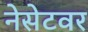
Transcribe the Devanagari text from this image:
नेसेटवर